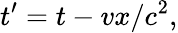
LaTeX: t^{\prime}=t-vx/c^{2},